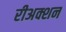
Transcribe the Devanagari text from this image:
रीअक्शन